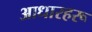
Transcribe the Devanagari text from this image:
आधारहरू